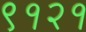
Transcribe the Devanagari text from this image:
९१२१